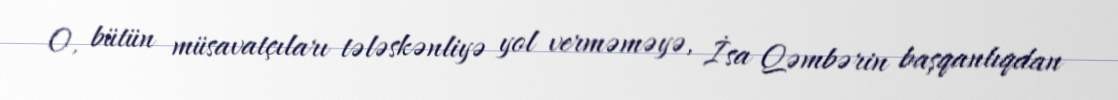
O, bütün müsavatçıları tələskənliyə yol verməməyə, İsa Qəmbərin başqanlıqdan